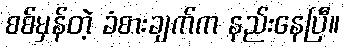
စစ်မှန်တဲ့ ခံစားချက်က နည်းနေပြီ။